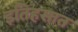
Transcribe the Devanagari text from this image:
इतिहसात